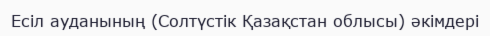
Есіл ауданының (Солтүстік Қазақстан облысы) әкімдері